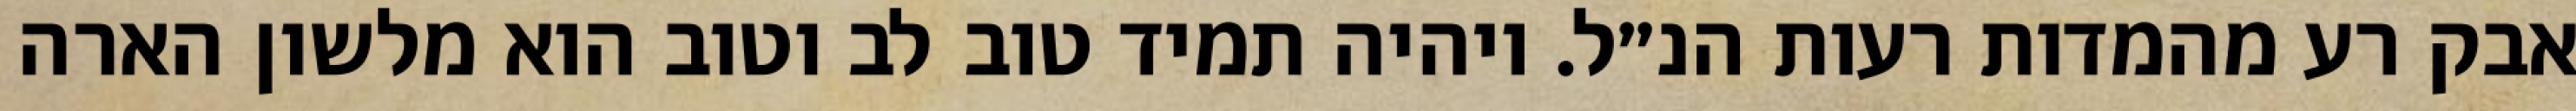
אבק רע מהמדות רעות הנ״ל. ויהיה תמיד טוב לב וטוב הוא מלשון הארה